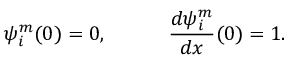
\psi _ { i } ^ { m } ( 0 ) = 0 , \quad \qquad { \frac { d \psi _ { i } ^ { m } } { d x } } ( 0 ) = 1 .